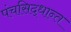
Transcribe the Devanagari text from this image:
पंचसिद्धान्त